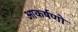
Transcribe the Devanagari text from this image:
आकर्षणो